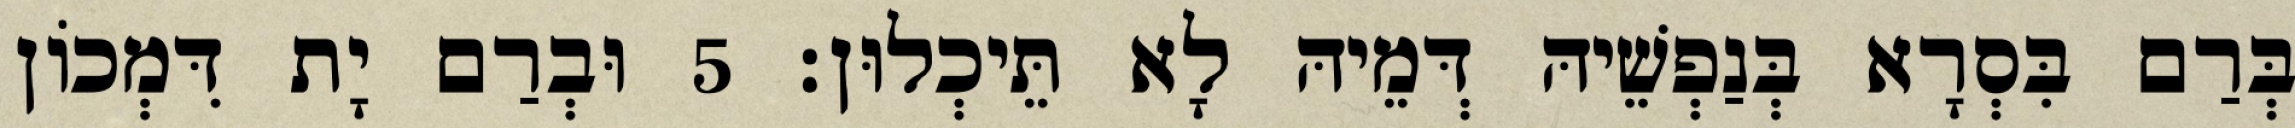
בְּרַם בִּסְרָא בְּנַפְשֵׁיהּ דְּמֵיהּ לָא תֵּיכְלוּן׃ 5 וּבְרַם יָת דִּמְכוֹן